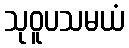
သုဝူပသမယံ